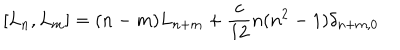
[ L _ { n } , L _ { m } ] = ( n - m ) L _ { n + m } + \frac { c } { 1 2 } n ( n ^ { 2 } - 1 ) \delta _ { n + m , 0 }